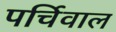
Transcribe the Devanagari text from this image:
पर्चिवाल